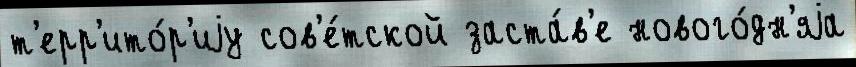
т'ерр'ито́р'иjу сов'е́тской заста́в'е нового́дн'яjа